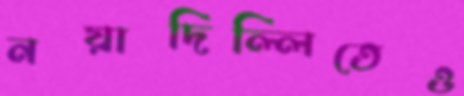
নয়াদিল্লিতেও